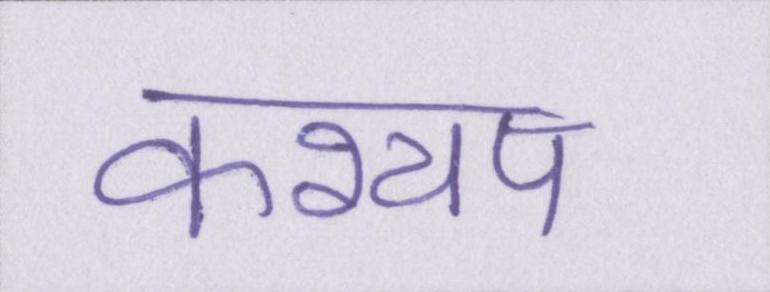
कश्यप